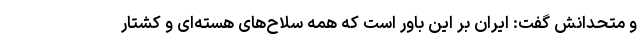
و متحدانش گفت: ایران بر این باور است که همه سلاح‌های هسته‌ای و کشتار